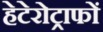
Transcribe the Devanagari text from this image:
हेटेरोट्राफों